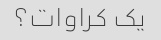
یک کراوات؟